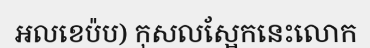
អលខេប៉ប) កុសលស្អែកនេះលោក